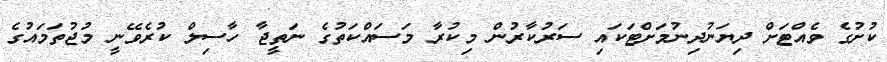
ކުށުގެ ވެއްޓަށް ދިޔަނުދިނުމަށްޓަކައި ސަރުކާރުން މިކުރާ މަސައްކަތުގެ ނަތީޖާ ހާސިލް ކުރެވޭނީ މުޖުތަމައުގެ